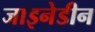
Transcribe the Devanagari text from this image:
जाइनेडीन